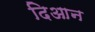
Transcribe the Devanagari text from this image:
दिआन